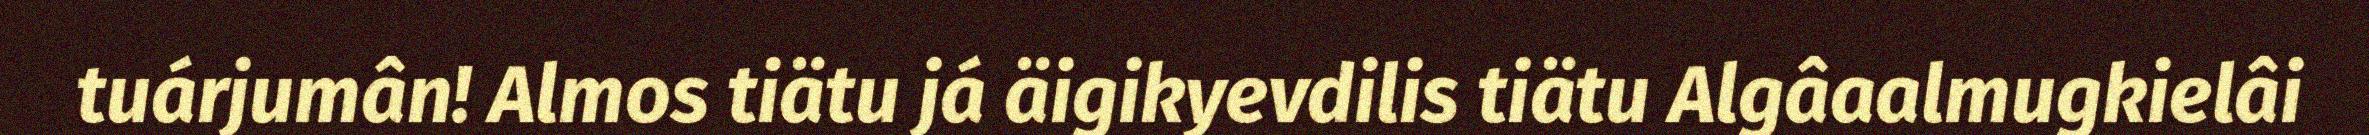
tuárjumân! Almos tiätu já äigikyevdilis tiätu Algâaalmugkielâi